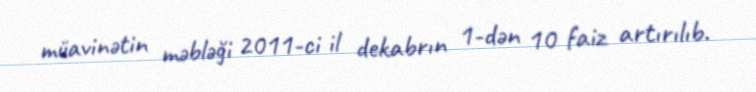
müavinətin məbləği 2011-ci il dekabrın 1-dən 10 faiz artırılıb.